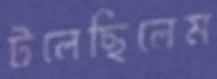
টলেছিলেম